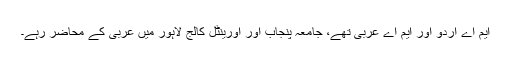
ایم اے اردو اور ایم اے عربی تھے، جامعہ پنجاب اور اورینٹل کالج لاہور میں عربی کے محاضر رہے۔